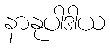
နာနုပါဒါယ